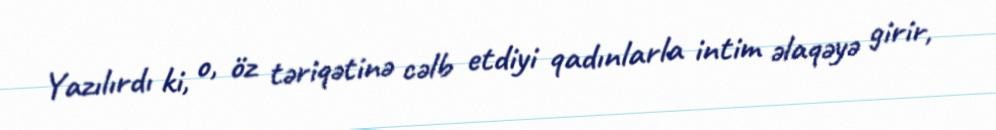
Yazılırdı ki, o, öz təriqətinə cəlb etdiyi qadınlarla intim əlaqəyə girir,